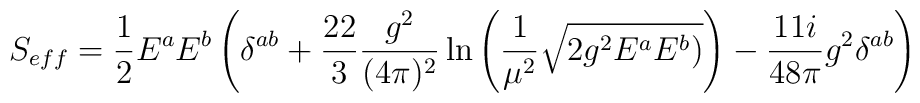
S_{eff}=\frac{1}{2}E^aE^b\left(\delta^{ab}+\frac{22}{3}\frac{g^2}{(4\pi)^2}\ln\left(\frac{1}{\mu^2}\sqrt{2g^2E^aE^b)}\right)-\frac{11i}{48\pi}g^2\delta^{ab}\right)